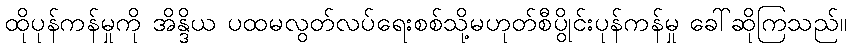
ထိုပုန်ကန်မှုကို အိန္ဒိယ ပထမလွတ်လပ်ရေးစစ်သို့မဟုတ်စီပွိုင်းပုန်ကန်မှု ခေါ်ဆိုကြသည်။